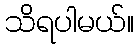
သိရပါမယ်။